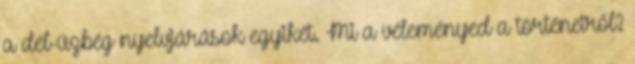
a dél-üzbég nyelvjárások egyikét. Mi a véleményed a történetről?